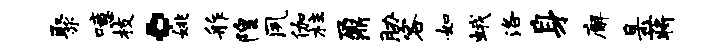
聚噫枝。姚舴隍夙伽柱鼐胁客如蛾洛身廨臬蒋